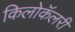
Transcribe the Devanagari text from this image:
किलोकॅलरी